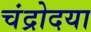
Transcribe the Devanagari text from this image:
चंद्रोदया